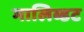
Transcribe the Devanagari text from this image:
मालिब्डट